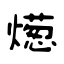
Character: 燪